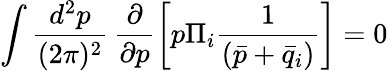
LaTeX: \int{\frac{d^{2}p}{(2\pi)^{2}}\, \frac{\partial}{\partial p}\left[p\Pi_{i}\frac{1}{(\bar{p}+\bar{q}_{i})}\right]=0}